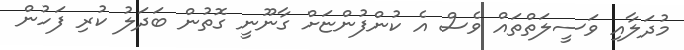
މުދަލާއި ވަސީލަތްތައް ވެސް އެ ކުންފުންޏަށް ގާނޫނީ ގޮތުން ބަދަލު ކުރި ފަހުން